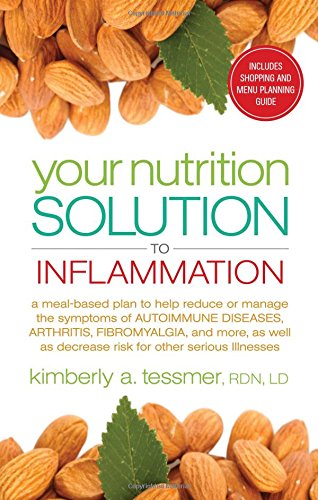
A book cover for Your Nutrition Solution to Inflammation: A Meal-Based Plan to Help Reduce or Manage the Symptoms of Autoimmune Diseases, Arthritis, Fibromyalgia and ... as Decrease Risk for Other Serious Illnesses; Kimberly Tessmer; Health, Fitness & Dieting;